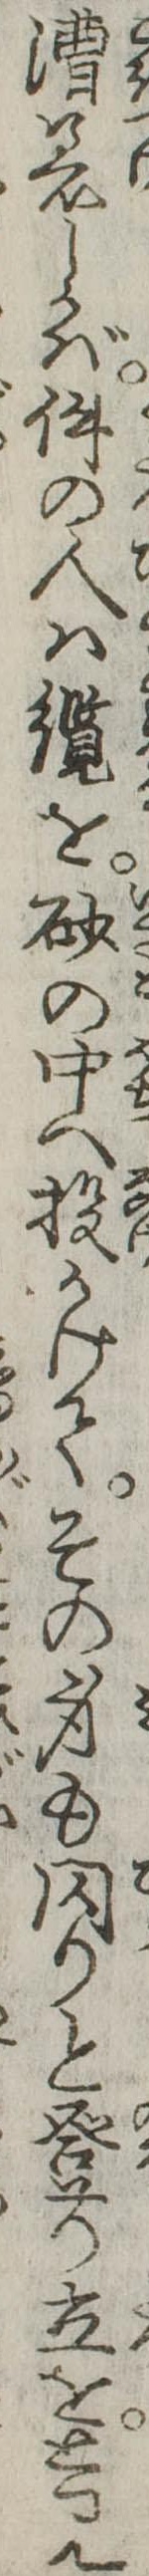
漕着しかば件の人は纜を砂の中へ投かけてその身も閃りと登り立をと見